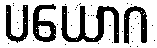
ပယောဂ